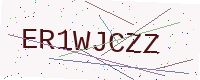
Text: ER1WJCZZ